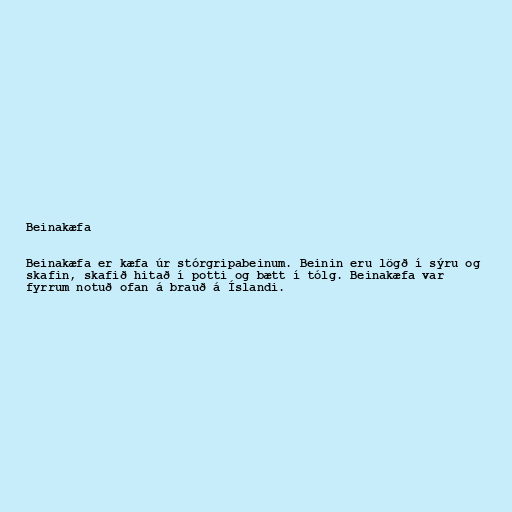
Beinakæfa

Beinakæfa er kæfa úr stórgripabeinum. Beinin eru lögð í sýru og
skafin, skafið hitað í potti og bætt í tólg. Beinakæfa var
fyrrum notuð ofan á brauð á Íslandi.